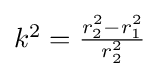
{\textstyle k^{2}={\frac {r_{2}^{2}-r_{1}^{2}}{r_{2}^{2}}}}